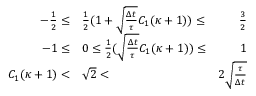
\begin{array} { r l r } { - \frac { 1 } { 2 } \le } & { { } \frac { 1 } { 2 } ( 1 + \sqrt { \frac { \Delta t } { \tau } } C _ { 1 } ( \kappa + 1 ) ) \le } & { \frac { 3 } { 2 } } \\ { - 1 \le } & { { } 0 \le \frac { 1 } { 2 } ( \sqrt { \frac { \Delta t } { \tau } } C _ { 1 } ( \kappa + 1 ) ) \le } & { 1 } \\ { C _ { 1 } ( \kappa + 1 ) < } & { { } \sqrt { 2 } < } & { 2 \sqrt { \frac { \tau } { \Delta t } } } \end{array}